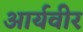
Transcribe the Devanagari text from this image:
आर्यवीर